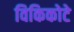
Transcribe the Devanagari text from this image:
विकिकोटे